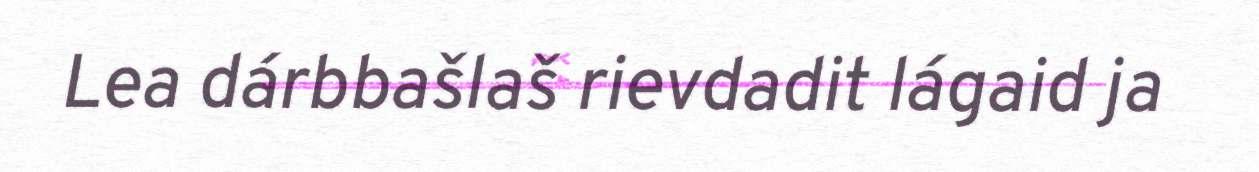
Lea dárbbašlaš rievdadit lágaid ja